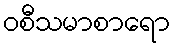
ဝစီသမာစာရော